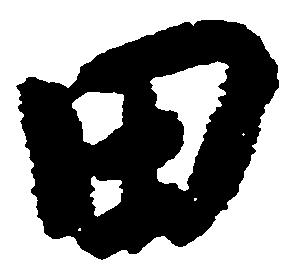
田